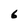
Character: 6